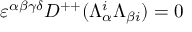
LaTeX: \varepsilon ^ { \alpha \beta \gamma \delta } D ^ { + + } ( \Lambda _ { \alpha } ^ { i } \Lambda _ { \beta { i } } ) = 0